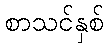
စာသင်နှစ်